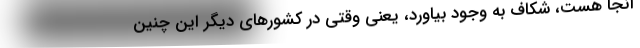
آنجا هست، شکاف به وجود بیاورد، یعنی وقتی در کشورهای دیگر این چنین